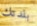
بلدتك